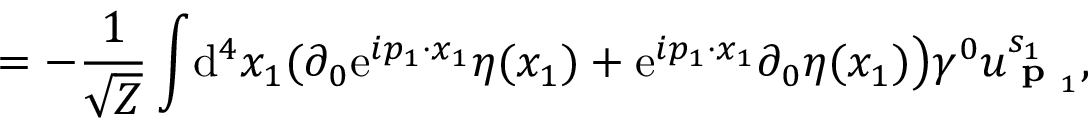
= - { \frac { 1 } { \sqrt { Z } } } \int \! \mathrm { d } ^ { 4 } x _ { 1 } ( \partial _ { 0 } \mathrm { e } ^ { i p _ { 1 } \cdot x _ { 1 } } \eta ( x _ { 1 } ) + \mathrm { e } ^ { i p _ { 1 } \cdot x _ { 1 } } \partial _ { 0 } \eta ( x _ { 1 } ) { \big ) } \gamma ^ { 0 } u _ { { \textbf { p } } _ { 1 } } ^ { s _ { 1 } } ,